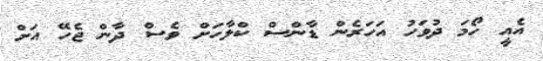
އެއީ ހޯމަ ދުވަހު އަހަރެން ޑާންސް ކްލާހަށް ވެސް ދާން ޖެހޭ އަށް